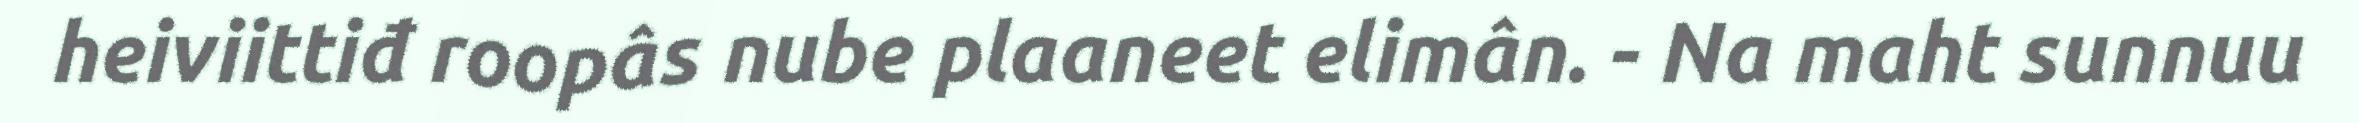
heiviittiđ roopâs nube plaaneet elimân. - Na maht sunnuu